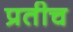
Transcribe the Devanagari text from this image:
प्रतीच